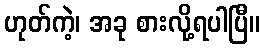
ဟုတ်ကဲ့၊ အခု စားလို့ရပါပြီ။